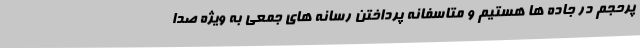
پرحجم در جاده ها هستیم و متاسفانه پرداختن رسانه های جمعی به ویژه صدا